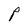
Character: P